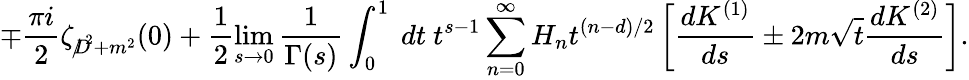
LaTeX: \mp\frac{\pi i}{2}\zeta_{{D\! \! \! \! /}^{~2}+m^{2}}(0)+\frac{1}{2}\operatorname*{lim}_{s\to 0}\frac{1}{\Gamma(s)}\int_{0}^{1}~dt~t^{s-1}\sum_{n=0}^{\infty}H_{n}t^{{(n-d)}/{2}}\left[\frac{dK^{(1)}}{ds}\pm 2m\sqrt{t}\frac{dK^{(2)}}{ds}\right].